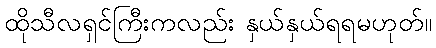
ထိုသီလရှင်ကြီးကလည်း နှယ်နှယ်ရရမဟုတ်။